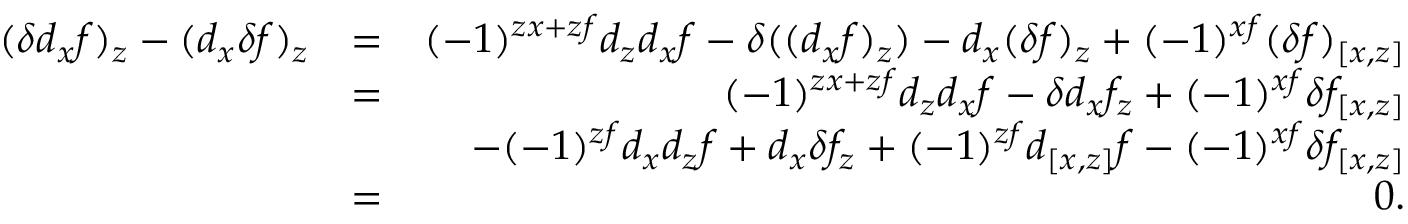
\begin{array} { r l r } { ( \delta d _ { x } f ) _ { z } - ( d _ { x } \delta f ) _ { z } } & { = } & { ( - 1 ) ^ { z x + z f } d _ { z } d _ { x } f - \delta ( ( d _ { x } f ) _ { z } ) - d _ { x } ( \delta f ) _ { z } + ( - 1 ) ^ { x f } ( \delta f ) _ { [ x , z ] } } \\ & { = } & { ( - 1 ) ^ { z x + z f } d _ { z } d _ { x } f - \delta d _ { x } f _ { z } + ( - 1 ) ^ { x f } \delta f _ { [ x , z ] } } \\ & { } & { - ( - 1 ) ^ { z f } d _ { x } d _ { z } f + d _ { x } \delta f _ { z } + ( - 1 ) ^ { z f } d _ { [ x , z ] } f - ( - 1 ) ^ { x f } \delta f _ { [ x , z ] } } \\ & { = } & { 0 . } \end{array}